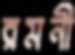
রমনী